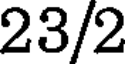
23/2